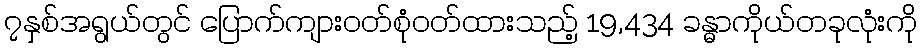
၇နှစ်အရွယ်တွင် ပြောက်ကျားဝတ်စုံဝတ်ထားသည့် 19,434 ခန္ဓာကိုယ်တခုလုံးကို